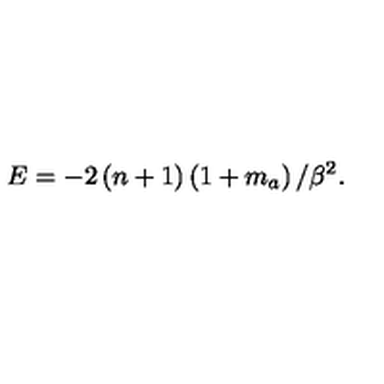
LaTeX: E = - 2 \left( n + 1 \right) \left( 1 + m _ { a } \right) / \beta ^ { 2 } .